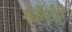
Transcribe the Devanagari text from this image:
मॉन्टेरे